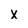
Character: x